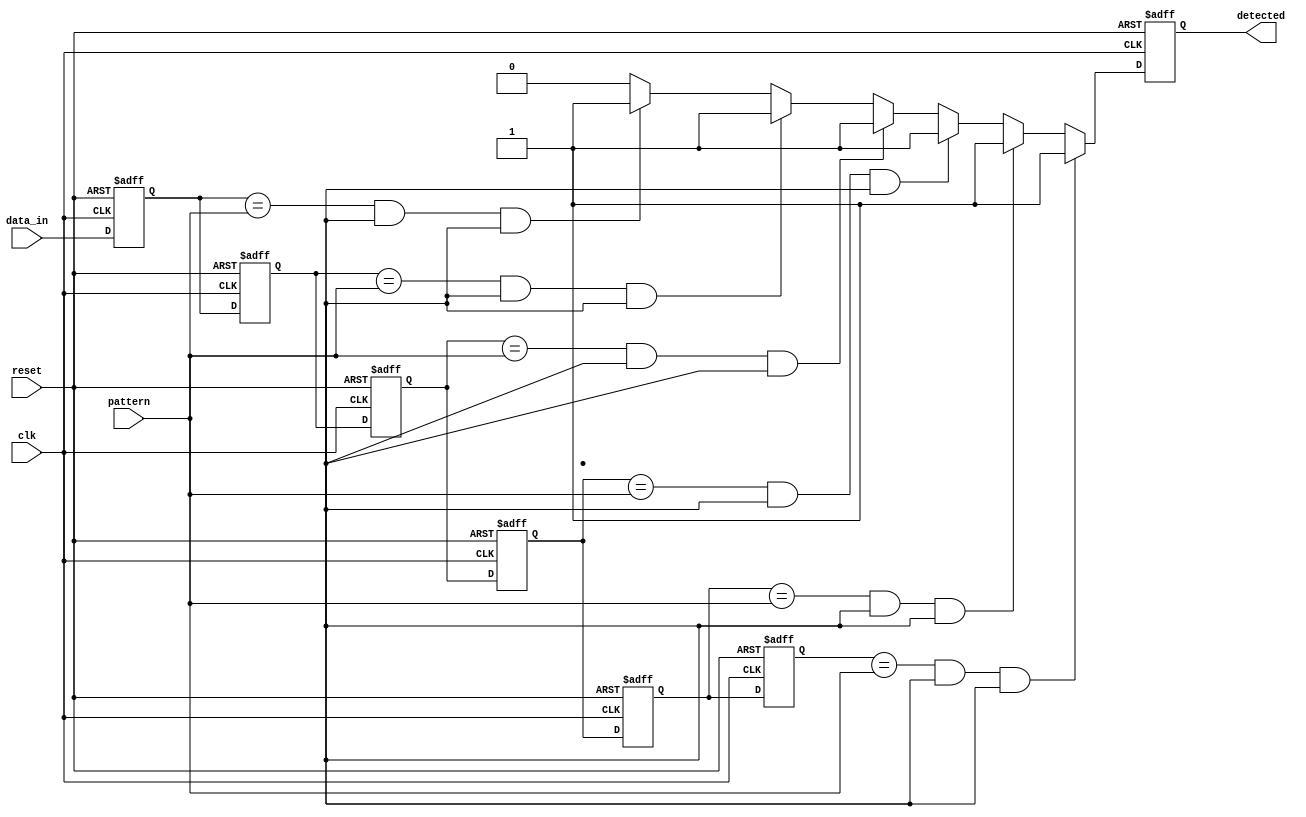
module MemoryBlocksSamplingDelayLineDetector #(
    parameter NUM_BLOCKS = 8,        // Number of memory blocks (delay line length)
    parameter PATTERN_LENGTH = 3,     // Length of the pattern to detect
    parameter DATA_WIDTH = 1           // Width of the input signal
) (
    input wire clk,                   // Clock signal
    input wire reset,                 // Reset signal
    input wire [DATA_WIDTH-1:0] data_in, // Digital input signal to monitor
    input wire [DATA_WIDTH-1:0] pattern, // Predefined pattern to detect
    output reg detected               // Detection output
);

    // Memory blocks (shift registers)
    reg [DATA_WIDTH-1:0] memory [0:NUM_BLOCKS-1];

    // State to hold whether pattern is detected
    reg [NUM_BLOCKS-1:0] match;

    // Sampling mechanism
    integer i;
    always @(posedge clk or posedge reset) begin
        if (reset) begin
            // Clear memory and detection status on reset
            for (i = 0; i < NUM_BLOCKS; i = i + 1) begin
                memory[i] <= 0;
            end
            detected <= 0;
            match <= 0;
        end else begin
            // Shift memory blocks
            for (i = NUM_BLOCKS-1; i > 0; i = i - 1) begin
                memory[i] <= memory[i-1];
            end
            // Store the current input data in the first memory block
            memory[0] <= data_in;

            // Reset detection signal
            detected <= 0;

            // Pattern detection logic
            match = 0; // reset match register
            for (i = 0; i <= (NUM_BLOCKS - PATTERN_LENGTH); i = i + 1) begin
                if ((memory[i] == pattern[0]) &&
                    (memory[i+1] == pattern[1]) &&
                    (memory[i+2] == pattern[2])) begin
                    match[i] = 1;  // Match found
                    detected <= 1; // Set detected flag
                end 
            end
        end
    end

endmodule